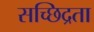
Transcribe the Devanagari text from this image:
सच्छिद्रता